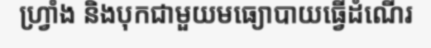
ហ្វ្រាំង និងបុកជាមួយមធ្យោបាយធ្វើដំណើរ